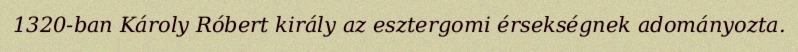
1320-ban Károly Róbert király az esztergomi érsekségnek adományozta.